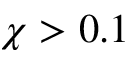
\chi > 0 . 1